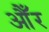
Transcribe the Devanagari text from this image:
औँर